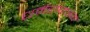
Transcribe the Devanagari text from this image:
धर्मराजस्य